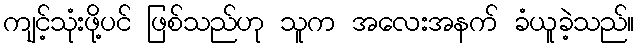
ကျင့်သုံးဖို့ပင် ဖြစ်သည်ဟု သူက အလေးအနက် ခံယူခဲ့သည်။